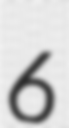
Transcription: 6